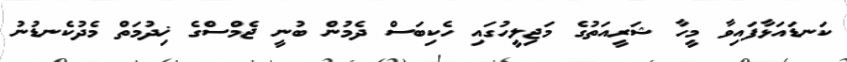
ކަނޑައަޅާފައިވާ މީހާ ޝަރީއަތުގެ މަޖިލީހުގައި ހެކިބަސް ދެމުން ބުނީ ޖެމްސްގެ ޚިދުމަތް މެދުކެނޑުނު